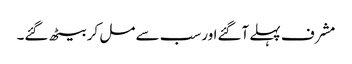
مشرف پہلے آگئےاورسب سے مل کر بیٹھ گئے۔